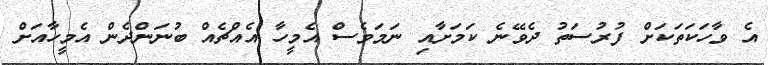
އެ ވާހަކަތަކަށް ފުރުސަތު ދެވޭނެ ކަމަށާއި ނަމަވެސް އެމީހާ އެއްޗެއް ބުނަންދެން އެމީހާއަށް